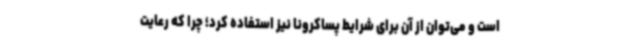
است و می‌توان از آن برای شرایط پساکرونا نیز استفاده کرد؛ چرا که رعایت